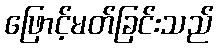
ဖြောင့်မတ်ခြင်းသည်